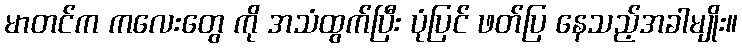
မာတင်က ကလေးတွေ ကို အသံထွက်ပြီး ပုံပြင် ဖတ်ပြ နေသည့်အခါမျိုး။